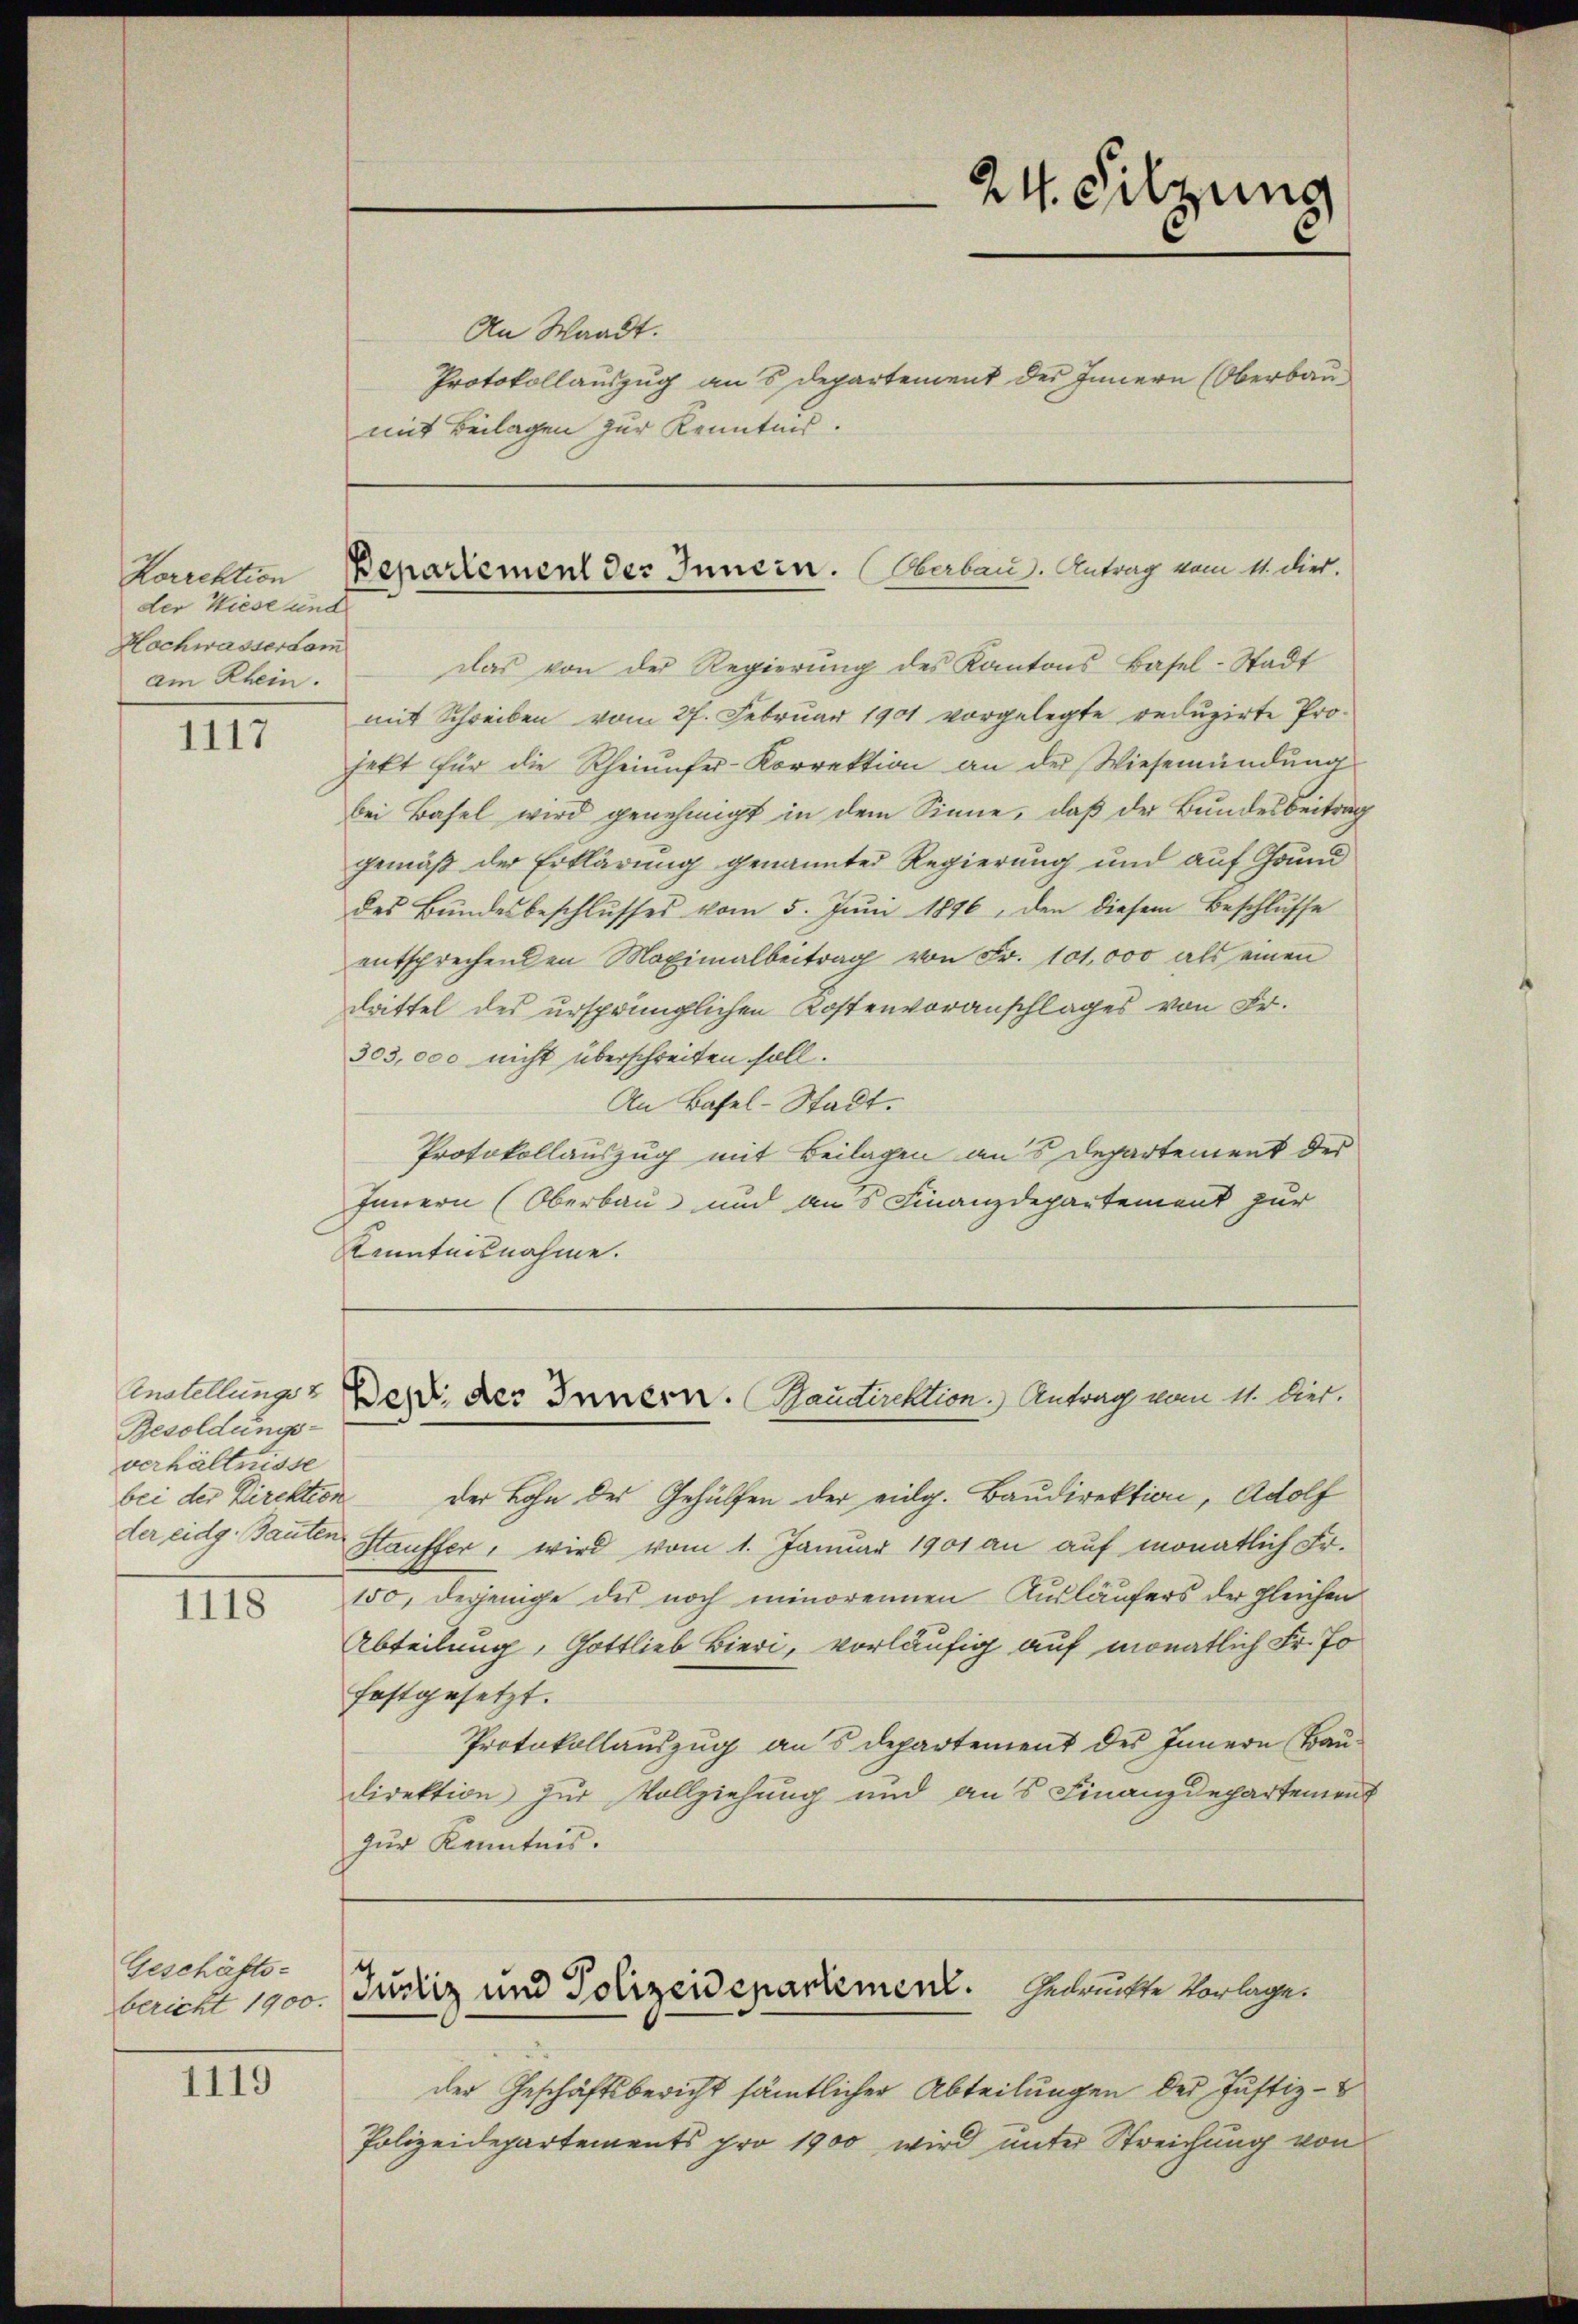
Korrektion
der Wiese und
Hochwasser dom
am Rhein.

1117

1118

Geschäfts-

1119

Besoldungs-
verhältnisse
der eidg. Bauten

An Waadt.
Protokollauszug an 5 Departement des Innern (Oberbaumit Beilagen zur Kenntnis.

das von der Regierung des Kantons Basel-Stadt
mit Schreiben vom 27. Februar 1901 vorgelegte reduzirte Projekt für die Rheinufer-Korrektion an der Wiesemündung
bei Basel wird genehmigt in dem Sinne, daß der Bundesbeitrag
gemäß der Erklärung genannter Regierung und auf Grund
des Bŭndesbeschlŭsses vom 5. Jŭni 1896, den diesem Beschlŭsse
entsprechenden Maximalbeitrag von Fr. 101,000 als einen
drittel des ursprünglichen Kostenvoranschlages von Fr.
303,000 nicht überschreiten soll.
An Basel-Stadt.
Protokollauszug mit Beilagen aus Departement des
Innern (Oberbau und aus Finanzdepartement zur
Kenntnisnahme.

24. Silzung

Bepartement der Innern. Herbau. Antrag vom 11. dies.

Anstellung des des Innern. Baudirektion. Antrag vom 11. Diet.

bei der Direktion der Lohn des Gehülfen der eidg. Baudirektion, Adolf
Hauffer, wird vom 1. Januar 1901 an auf monatlich Fr.
150, derjenige der noch minorennen Ausläufers der gleichen
Abteilung, Gottlieb Bieri, vorläufig auf monatlich Fr. Jo
festgesetzt.
Protokollauszug aus Departement des Innern Baudirektion zur Vollziehung und aus Finanzdepartement
zur Kenntnis.

baite 1900. Gröniz und Polizeidepartement. Gedrückte Vorlage.

der Geschäftsbericht sämtlicher Abteilungen der Justiz-
Polizeidepartements pro 1900 wird unter Streichung von